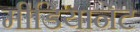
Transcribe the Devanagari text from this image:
मीडियानेट